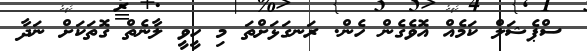
ސްޕެޝަލް ކަމެއް އޮވެގެން ހެން. ރަނގަޅަށްތަ މި ހީވީ ލާނެތް ގޮތަކަށް ނަދާ